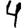
Digit: 4